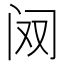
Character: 𲈷